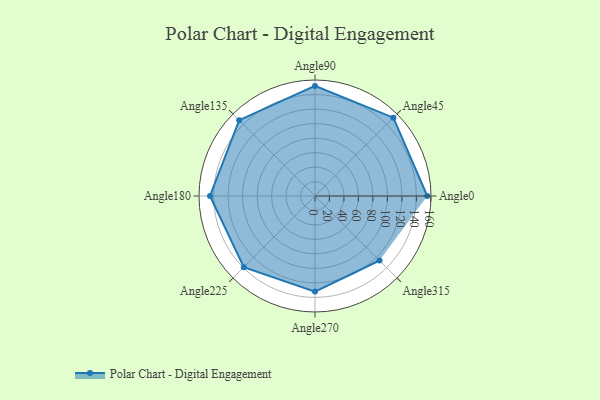
{"axis": {"x": "Angle", "y": "Radius"}, "legend": [""], "data": [{"x": "Angle0", "y": 155.0, "type": ""}, {"x": "Angle45", "y": 153.0, "type": ""}, {"x": "Angle90", "y": 152.0, "type": ""}, {"x": "Angle135", "y": 148.0, "type": ""}, {"x": "Angle180", "y": 145.0, "type": ""}, {"x": "Angle225", "y": 139.0, "type": ""}, {"x": "Angle270", "y": 132.0, "type": ""}, {"x": "Angle315", "y": 126.0, "type": ""}]}